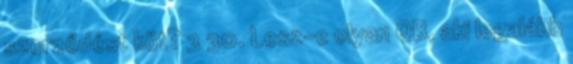
szerződést köt? 3 30. Lesz-e olyan QB, aki legalább